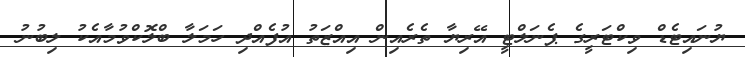
ޔުނައިޓެޑް ވިކްޓަރީގެ ޕެނަލްޓީ އޭރިޔާ ތެރެއިން އިއްޒަތު އުފެއްދި ހަމަލާ ބްލޮކްވުމާއެކު ލިބުނު